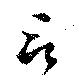
言